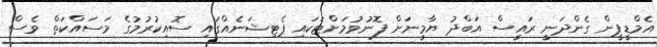
އެމްޑީޕީން ގެންދަނީ ރައީސް އަބްދު ޔާމީނަށް ފޮނުވުމަށްޓަކައި ޕެޓިޝަނެއްގައި ސޮއިކުރުމުގެ މަސައްކަތް ވެސް